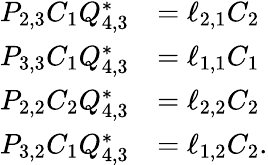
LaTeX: \begin{array}{rl}{P_{2,3}C_{1}Q_{4,3}^{*}}&{=\ell_{2,1}C_{2}}\\ {P_{3,3}C_{1}Q_{4,3}^{*}}&{=\ell_{1,1}C_{1}}\\ {P_{2,2}C_{2}Q_{4,3}^{*}}&{=\ell_{2,2}C_{2}}\\ {P_{3,2}C_{1}Q_{4,3}^{*}}&{=\ell_{1,2}C_{2}.}\end{array}